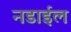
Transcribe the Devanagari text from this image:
नडाईल